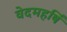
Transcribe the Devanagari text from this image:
वेदमहर्षि